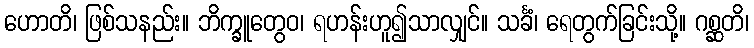
ဟောတိ၊ ဖြစ်သနည်း။ ဘိက္ခူတွေဝ၊ ရဟန်းဟူ၍သာလျှင်။ သင်္ခံ၊ ရေတွက်ခြင်းသို့။ ဂစ္ဆတိ၊